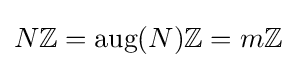
N\mathbb {Z} ={\text{aug}}(N)\mathbb {Z} =m\mathbb {Z}